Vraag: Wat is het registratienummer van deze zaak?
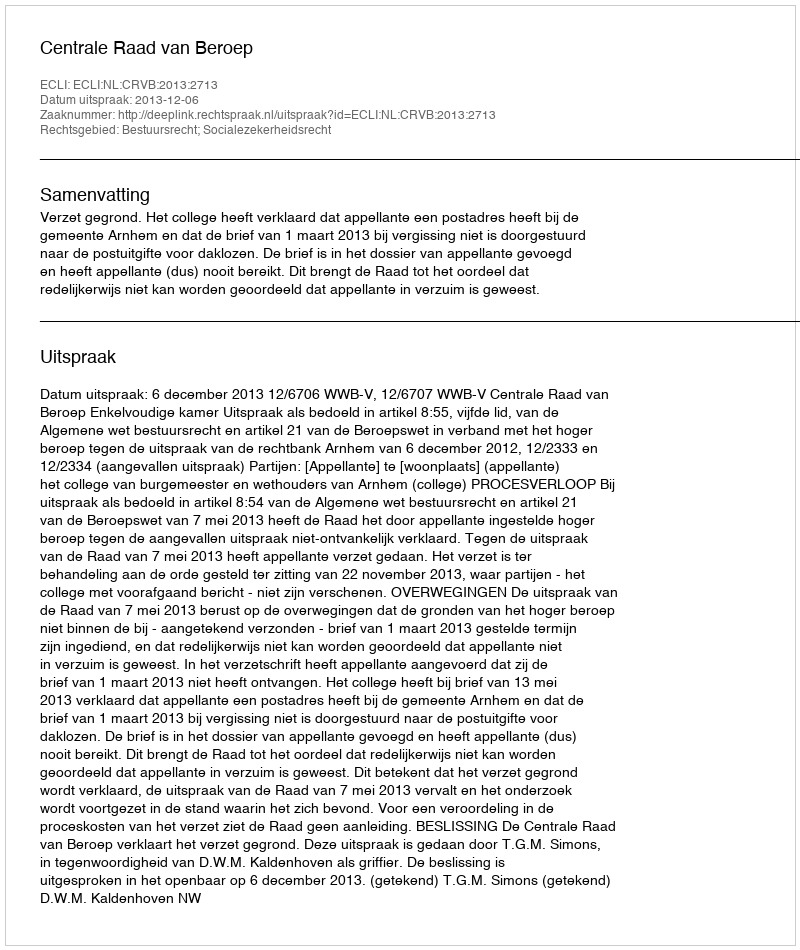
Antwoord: http://deeplink.rechtspraak.nl/uitspraak?id=ECLI:NL:CRVB:2013:2713